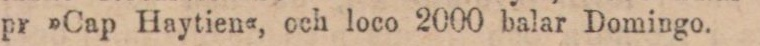
pr »Cap Haytien«, och loco 2000 balar Domingo.